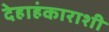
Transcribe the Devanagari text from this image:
देहाहंकाराशी